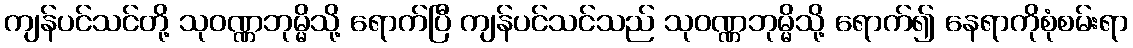
ကျန်ပင်သင်တို့ သုဝဏ္ဏဘုမ္မိသို့ ရောက်ပြီ ကျန်ပင်သင်သည် သုဝဏ္ဏဘုမ္မိသို့ ရောက်၍ နေရာကိုစုံစမ်းရာ